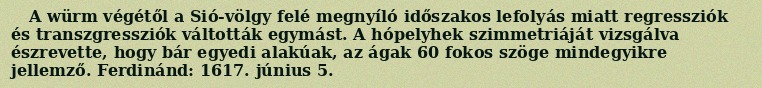
A würm végétől a Sió-völgy felé megnyíló időszakos lefolyás miatt regressziók és transzgressziók váltották egymást. A hópelyhek szimmetriáját vizsgálva észrevette, hogy bár egyedi alakúak, az ágak 60 fokos szöge mindegyikre jellemző. Ferdinánd: 1617. június 5.